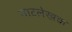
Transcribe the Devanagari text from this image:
नाटलेखक